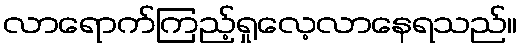
လာရောက်ကြည့်ရှုလေ့လာနေရသည်။